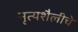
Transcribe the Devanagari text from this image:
नृत्यशैलीचे